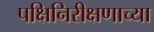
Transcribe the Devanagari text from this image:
पक्षिनिरीक्षणाच्या